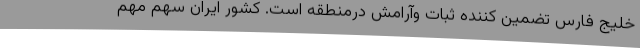
خلیج فارس تضمین کننده ثبات وآرامش درمنطقه است. کشور ایران سهم مهم